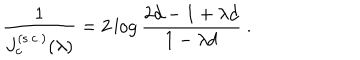
LaTeX: { \frac { 1 } { J _ { c } ^ { \mathrm { ( s . c . ) } } ( \lambda ) } } = 2 \log { \frac { 2 d - 1 + \lambda d } { 1 - \lambda d } } ~ .